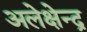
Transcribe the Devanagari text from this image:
अलेक्षेन्द्र